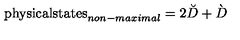
\mathrm { p h y s i c a l s t a t e s } _ { n o n - m a x i m a l } = 2 \breve { D } + \grave { D }